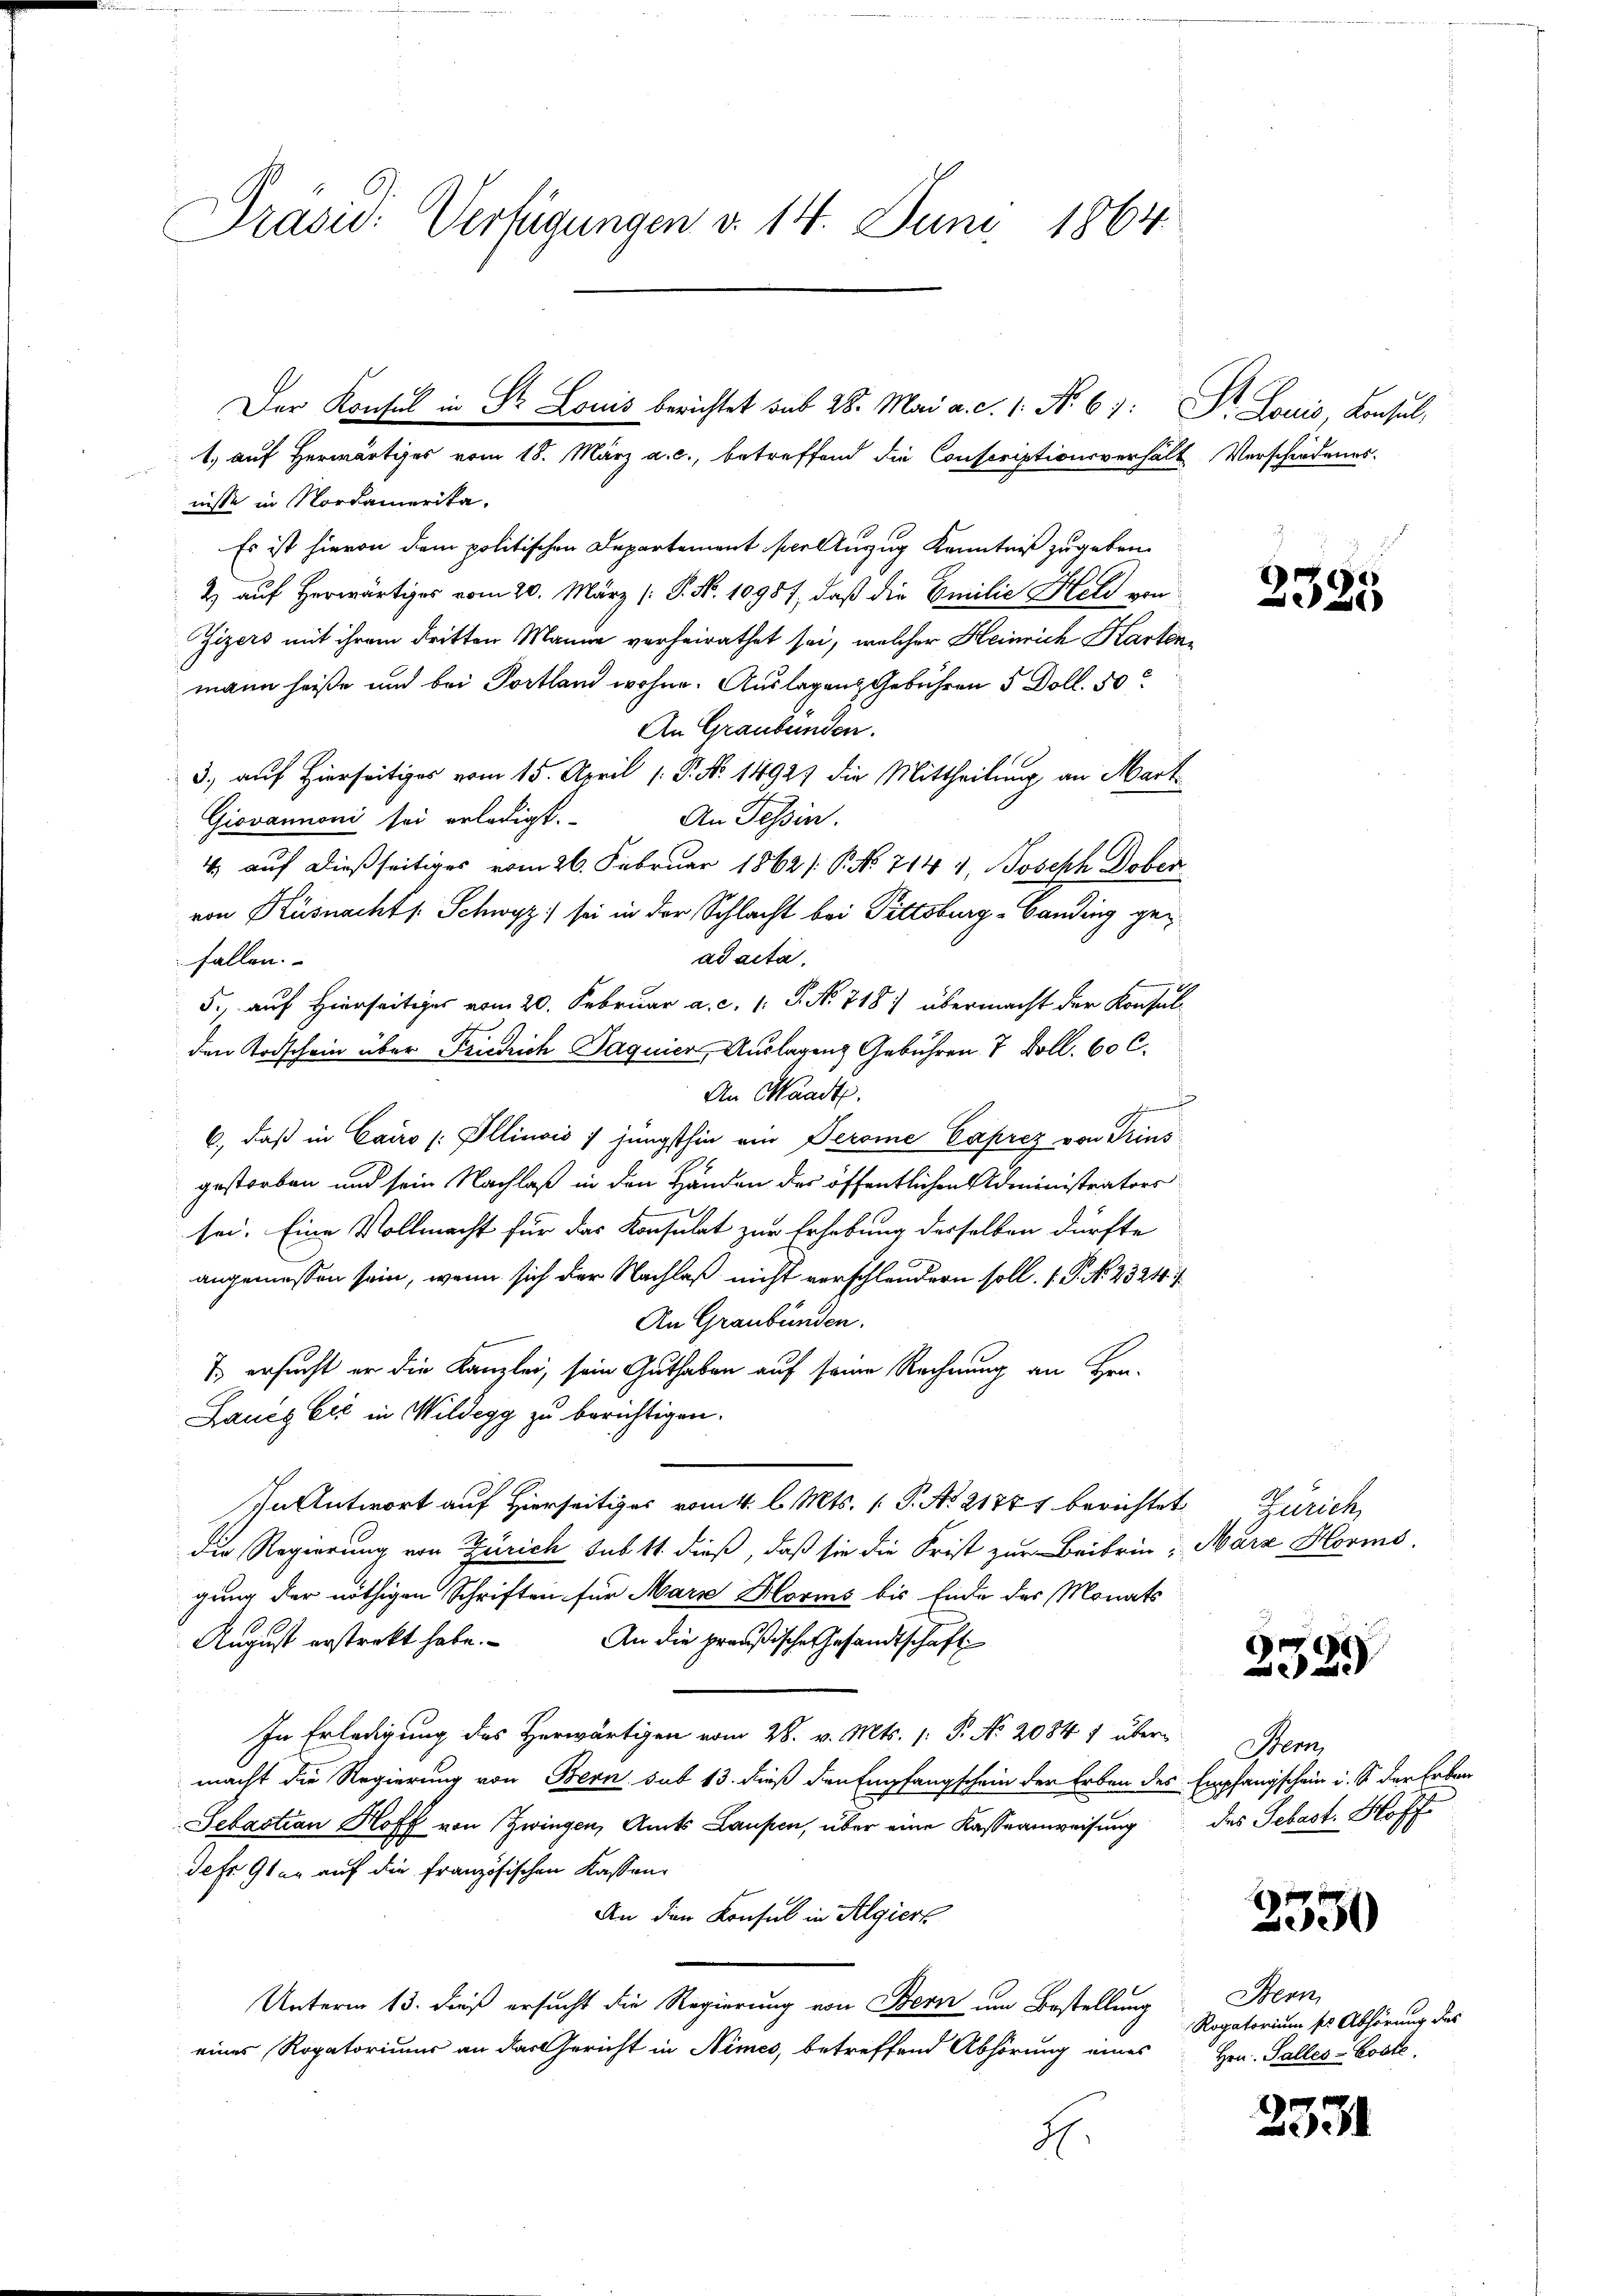
Präsid. Verfügungen d. 14. Juni 1864

nisse in Nordamerika.
Es ist hievon dem politischen Departement scellerzug Kenntniß zugeben.
2 auf herwärtiges vom 20. März (: P. No. 10987, daß die Emilie Held von
Zizers mit ihrem dritten Manne verheirathet sei, welcher Heinrich Kartonmann heiße und bei Portlam wohne. Auslagen Gebühren 5 Doll. 50
An Graubünden.
3., auf Hierseits vom 15. April 1. P. Nr. 1492) die Mittheilung an Mart
Giovannoni sei erledigt.
An Tessin.
4 auf dießseitiges vom 26. Februar 1862 / P. No 714 1, Joseph Doben
von Küsnachts. Schwyz) sei in der Schlacht bei Pittsburg-Canding gead acta.
fallen.
5., auf Hierseitiges vom 20. Februar a. c. 1. P. No 718) übermacht der Konsul-
den Todschein über Friedrich Paquier, Auslagen Gebühren 7 Doll. 60 C.
An Waadt.
hement
6., daß in Cairo (Ollinois 7 jüngsthin ein Perome Caprez von Krins
gestorben und sein Nachlaß in den Händen der öffentlichen Administrators
sei. Eine Vollmacht für das Konsulat zur Erhebung derselben dürfte
angemessen sein, wenn sich der Nachlaß nicht verschleudern soll. P. No. 23210. i
An Graubünden.
7 ersucht er die Kanzlei, sein Guthaben auf seine Rechnung an Hrn.
Laucz Cić in Wildegg zu berichtigen.
In Antwort auf Hierseits vom 1. l. Mts. 1. P. No 21741 berichtet
die Regierung von Zürich sub 11 dieß, daß sie die Frist zur Beibrin; März Horms.
gung der nöthigen Schriften für Marx Horms bis Ende des Monats
August erstrekt habe. An die preußische Gesandtschaft
In Erledigung des Herwärtigen vom 28. v. Mts. (: P. No 2084 1 über-
macht die Regierung von Bern sub 13. dieß den Empfangschein der Erben des Empfangschein i. S. der Erben
Sebastian Hoff von Zwingen, Amts Laupen, über eine Kasseanweisung des Sebast. Hoff
Sefr 9ter auf die französischen Kassen¬
An den Konsul in Algiers
Unterm 13. dieß ersucht die Regierung von Bern um Bestellung
eines Rogatoriums an das Gericht in Nimes, betreffend Abhörung eines Hrn. Salles-Koste
2.

Der Konsul in St. Louis berichtet sub 28. Mai a. c. 1. No 67: Dr. Louis, Konsul,
1. auf Herwärtiges vom 18. März a. c., betreffend die Conscriptionsverhält Verschiedenes.

2325

Zürich

2329

Stem

2330

Bern
Rogatorium sie Abhörung des

2331